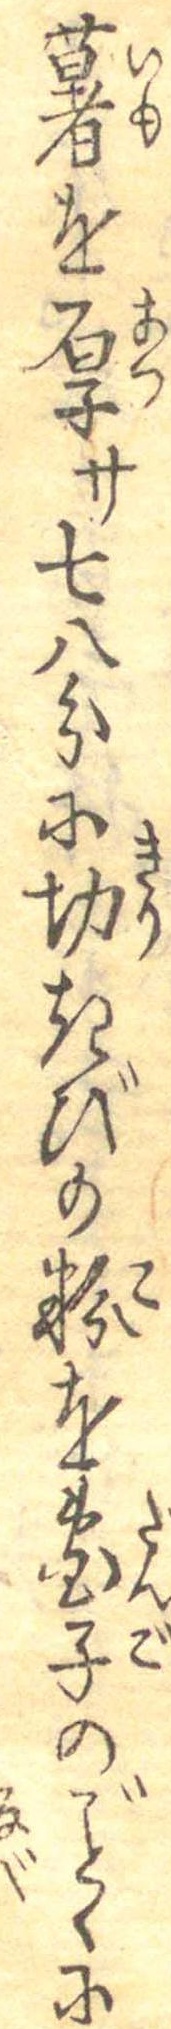
薯を厚サ七八分に切きびの粉を団子のごとくに